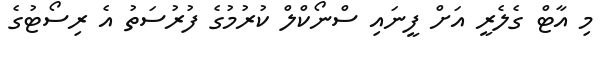
މި އާޓް ގެލެރީ އަށް ފީނައި ސްނޯކްލް ކުރުމުގެ ފުރުސަތު އެ ރިސޯޓުގެ